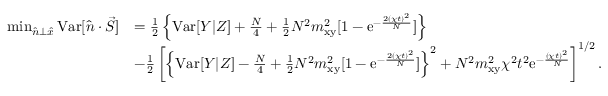
\begin{array} { r l } { \operatorname* { m i n } _ { \hat { n } \bot \hat { x } } { \mathrm { V a r } [ \hat { n } \cdot \vec { S } ] } } & { = \frac { 1 } { 2 } \left\{ \mathrm { V a r } [ Y | Z ] + \frac { N } { 4 } + \frac { 1 } { 2 } N ^ { 2 } m _ { \mathrm { x y } } ^ { 2 } [ 1 - \mathrm { e } ^ { - \frac { 2 ( \chi t ) ^ { 2 } } { N } } ] \right\} } \\ & { - \frac { 1 } { 2 } \left[ \left\{ \mathrm { V a r } [ Y | Z ] - \frac { N } { 4 } + \frac { 1 } { 2 } N ^ { 2 } m _ { \mathrm { x y } } ^ { 2 } [ 1 - \mathrm { e } ^ { - \frac { 2 ( \chi t ) ^ { 2 } } { N } } ] \right\} ^ { 2 } + N ^ { 2 } m _ { \mathrm { x y } } ^ { 2 } \chi ^ { 2 } t ^ { 2 } \mathrm { e } ^ { - \frac { ( \chi t ) ^ { 2 } } { N } } \right] ^ { 1 / 2 } . } \end{array}